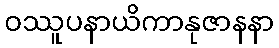
ဝဿူပနာယိကာနုဇာနနာ